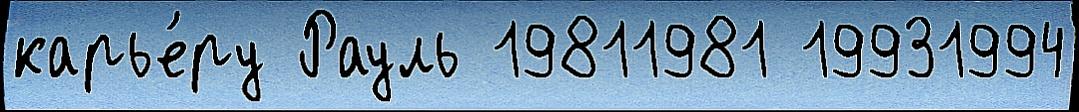
карье́ру Рауль 19811981 19931994